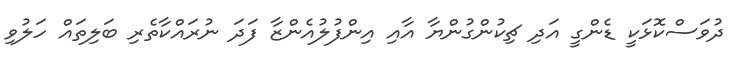
ދުވަސްކޮޅަކީ ޑެންގީ އަދި ޗިކުންގުންޔާ އާއި އިންފުލުއެންޒާ ފަދަ ނުރައްކާތެރި ބަލިތައް ހަލުވި